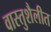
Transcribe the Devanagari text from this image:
वास्तुशैलीत